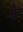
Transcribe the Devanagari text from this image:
बेइ